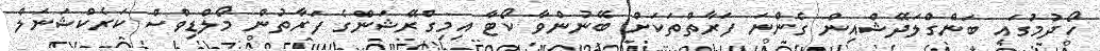
ހޯދުމުގައި ބަންގްލަދޭޝްއިން ގެންނަ ފަރާތްތަކަށް ބޭނުންވާ ކޯޓާ އިމިގްރޭޝަންގެ ފަރާތުން މޯލްޑިވްސް ކަރެކްޝަނަލް